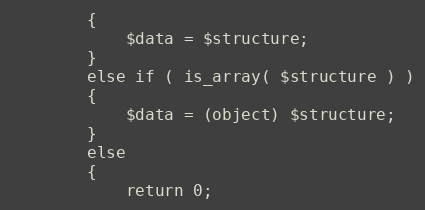
Language: PHP
        {
            $data = $structure;
        }
        else if ( is_array( $structure ) )
        {
            $data = (object) $structure;
        }
        else
        {
            return 0;